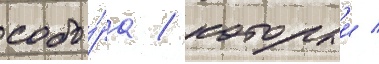
собо́ра / которыи /